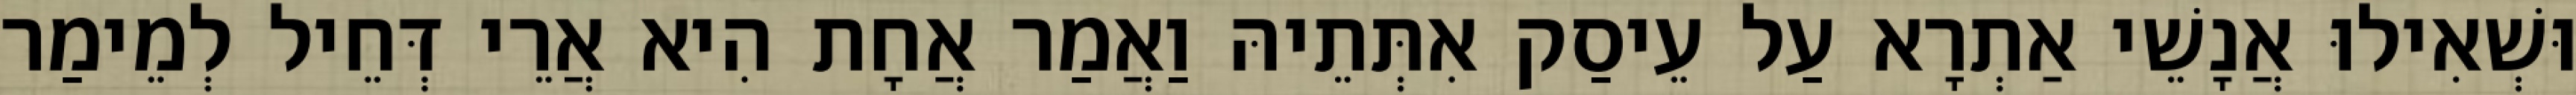
וּשְׁאִילוּ אֲנָשֵׁי אַתְרָא עַל עֵיסַק אִתְּתֵיהּ וַאֲמַר אֲחָת הִיא אֲרֵי דְּחֵיל לְמֵימַר